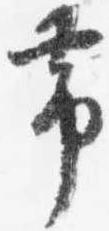
帯